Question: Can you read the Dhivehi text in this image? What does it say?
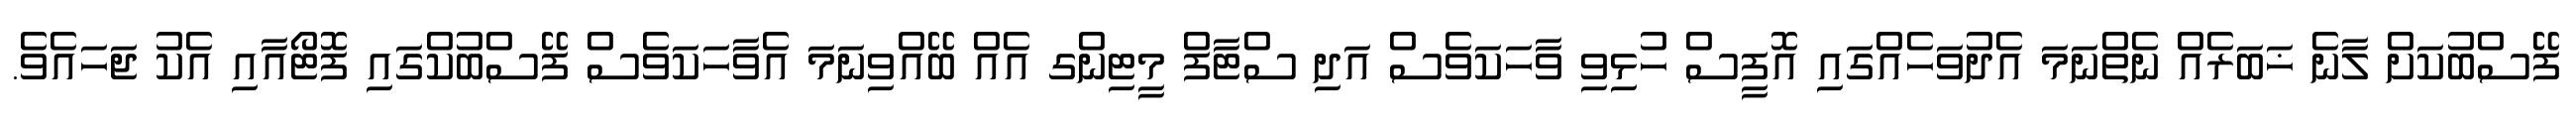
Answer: ފޭސްބުކަށް ލާނެ ޚަބަރެއް ނެތްނަމަ އެދުވަހެއްގައި އޮފީސް ހުޅިވި ވާހަކަވެސް އަދި ސްޓާފް މީޓިންގ އެއް ބޭއްވިނަމަ އެވާހަކަވެސް ފޭސްބުކްގައި ފޮޓޯއާއި އެކު ޖަހައެވެ.